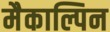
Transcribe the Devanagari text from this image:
मैकाल्पिन